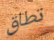
تطاق